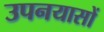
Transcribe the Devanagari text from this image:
उपनयासों